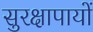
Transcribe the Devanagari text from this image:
सुरक्षापायों